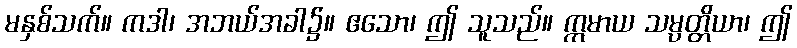
မနှစ်သက်။ ကဒါ၊ အဘယ်အခါ၌။ ဧသော၊ ဤ သူသည်။ ဣမာယ သမ္ပတ္တိယာ၊ ဤ